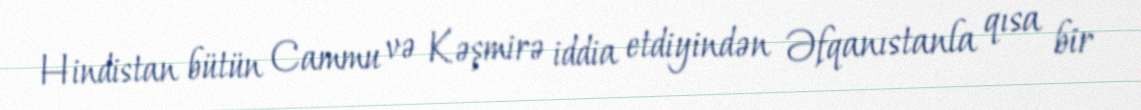
Hindistan bütün Cammu və Kəşmirə iddia etdiyindən Əfqanıstanla qısa bir